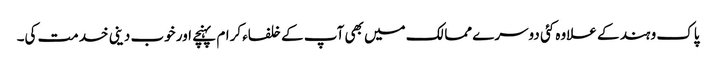
پاک و ہند کے علاوہ کئی دوسرے ممالک میں بھی آپ کے خلفاء کرام پہنچے اور خوب دینی خدمت کی۔